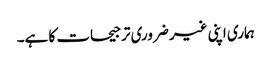
ہماری اپنی غیر ضروری ترجیحات کا ہے۔